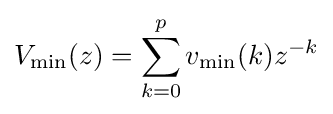
V_{\rm {min}}(z)=\sum _{k=0}^{p}v_{\rm {min}}(k)z^{-k}